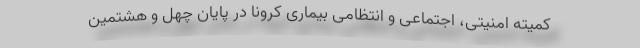
کمیته امنیتی، اجتماعی و انتظامی بیماری کرونا در پایان چهل و هشتمین